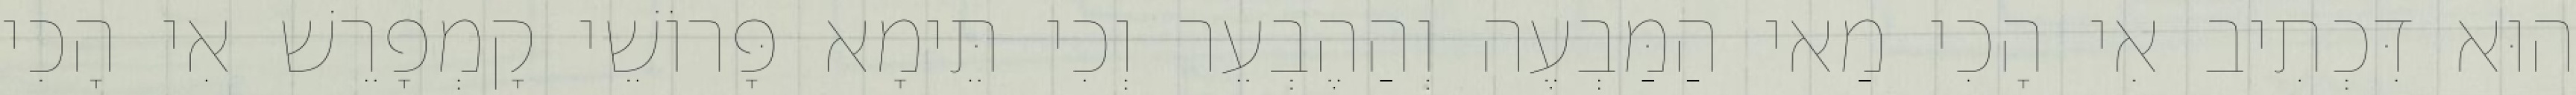
הוּא דִּכְתִיב אִי הָכִי מַאי הַמַּבְעֶה וְהַהֶבְעֵר וְכִי תֵּימָא פָּרוֹשֵׁי קָמְפָרֵשׁ אִי הָכִי